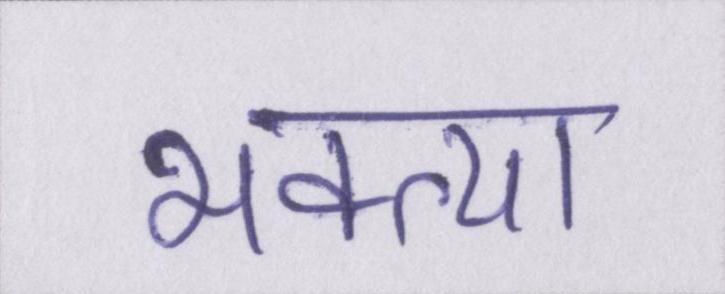
भक्त्या